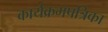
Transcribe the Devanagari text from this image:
कार्यक्रमपत्रिका